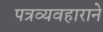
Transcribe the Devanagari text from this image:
पत्रव्यवहाराने